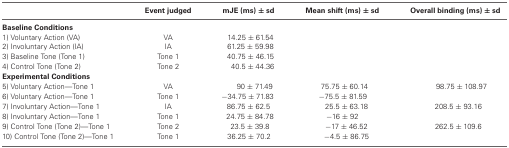
|  | Event judged | mJE (ms) ± sd | Mean shift (ms) ± sd | Overall binding (ms) ± sd |
 | --- | --- | --- | --- | --- |
 | Baseline Conditions |  |  |  |  |  |
 | 1) Voluntary Action (VA) | VA | 14.25 ± 61.54 |  |  |
 | 2) Involuntary Action (IA) | IA | 61.25 ± 59.98 |  |  |
 | 3) Baseline Tone (Tone 1) | Tone 1 | 40.75 ± 46.15 |  |  |
 | 4) Control Tone (Tone 2) | Tone 2 | 40.5 ± 44.36 |  |  |
 | Experimental Conditions |  |  |  |  |
 | 5) Voluntary Action—Tone 1 | VA | 90 ± 71.49 | 75.75 ± 60.14 | 98.75 ± 108.97 |
 | 6) Voluntary Action—Tone 1 | Tone 1 | −34.75 ± 71.83 | −75.5 ± 81.59 |  |
 | 7) Involuntary Action—Tone 1 | IA | 86.75 ± 62.5 | 25.5 ± 63.18 | 208.5 ± 93.16 |
 | 8) Involuntary Action—Tone 1 | Tone 1 | 24.75 ± 84.78 | −16 ± 92 |  |
 | 9) Control Tone (Tone 2)—Tone 1 | Tone 2 | 23.5 ± 39.8 | −17 ± 46.52 | 262.5 ± 109.6 |
 | 10) Control Tone (Tone 2)—Tone 1 | Tone 1 | 36.25 ± 70.2 | −4.5 ± 86.75 |  |